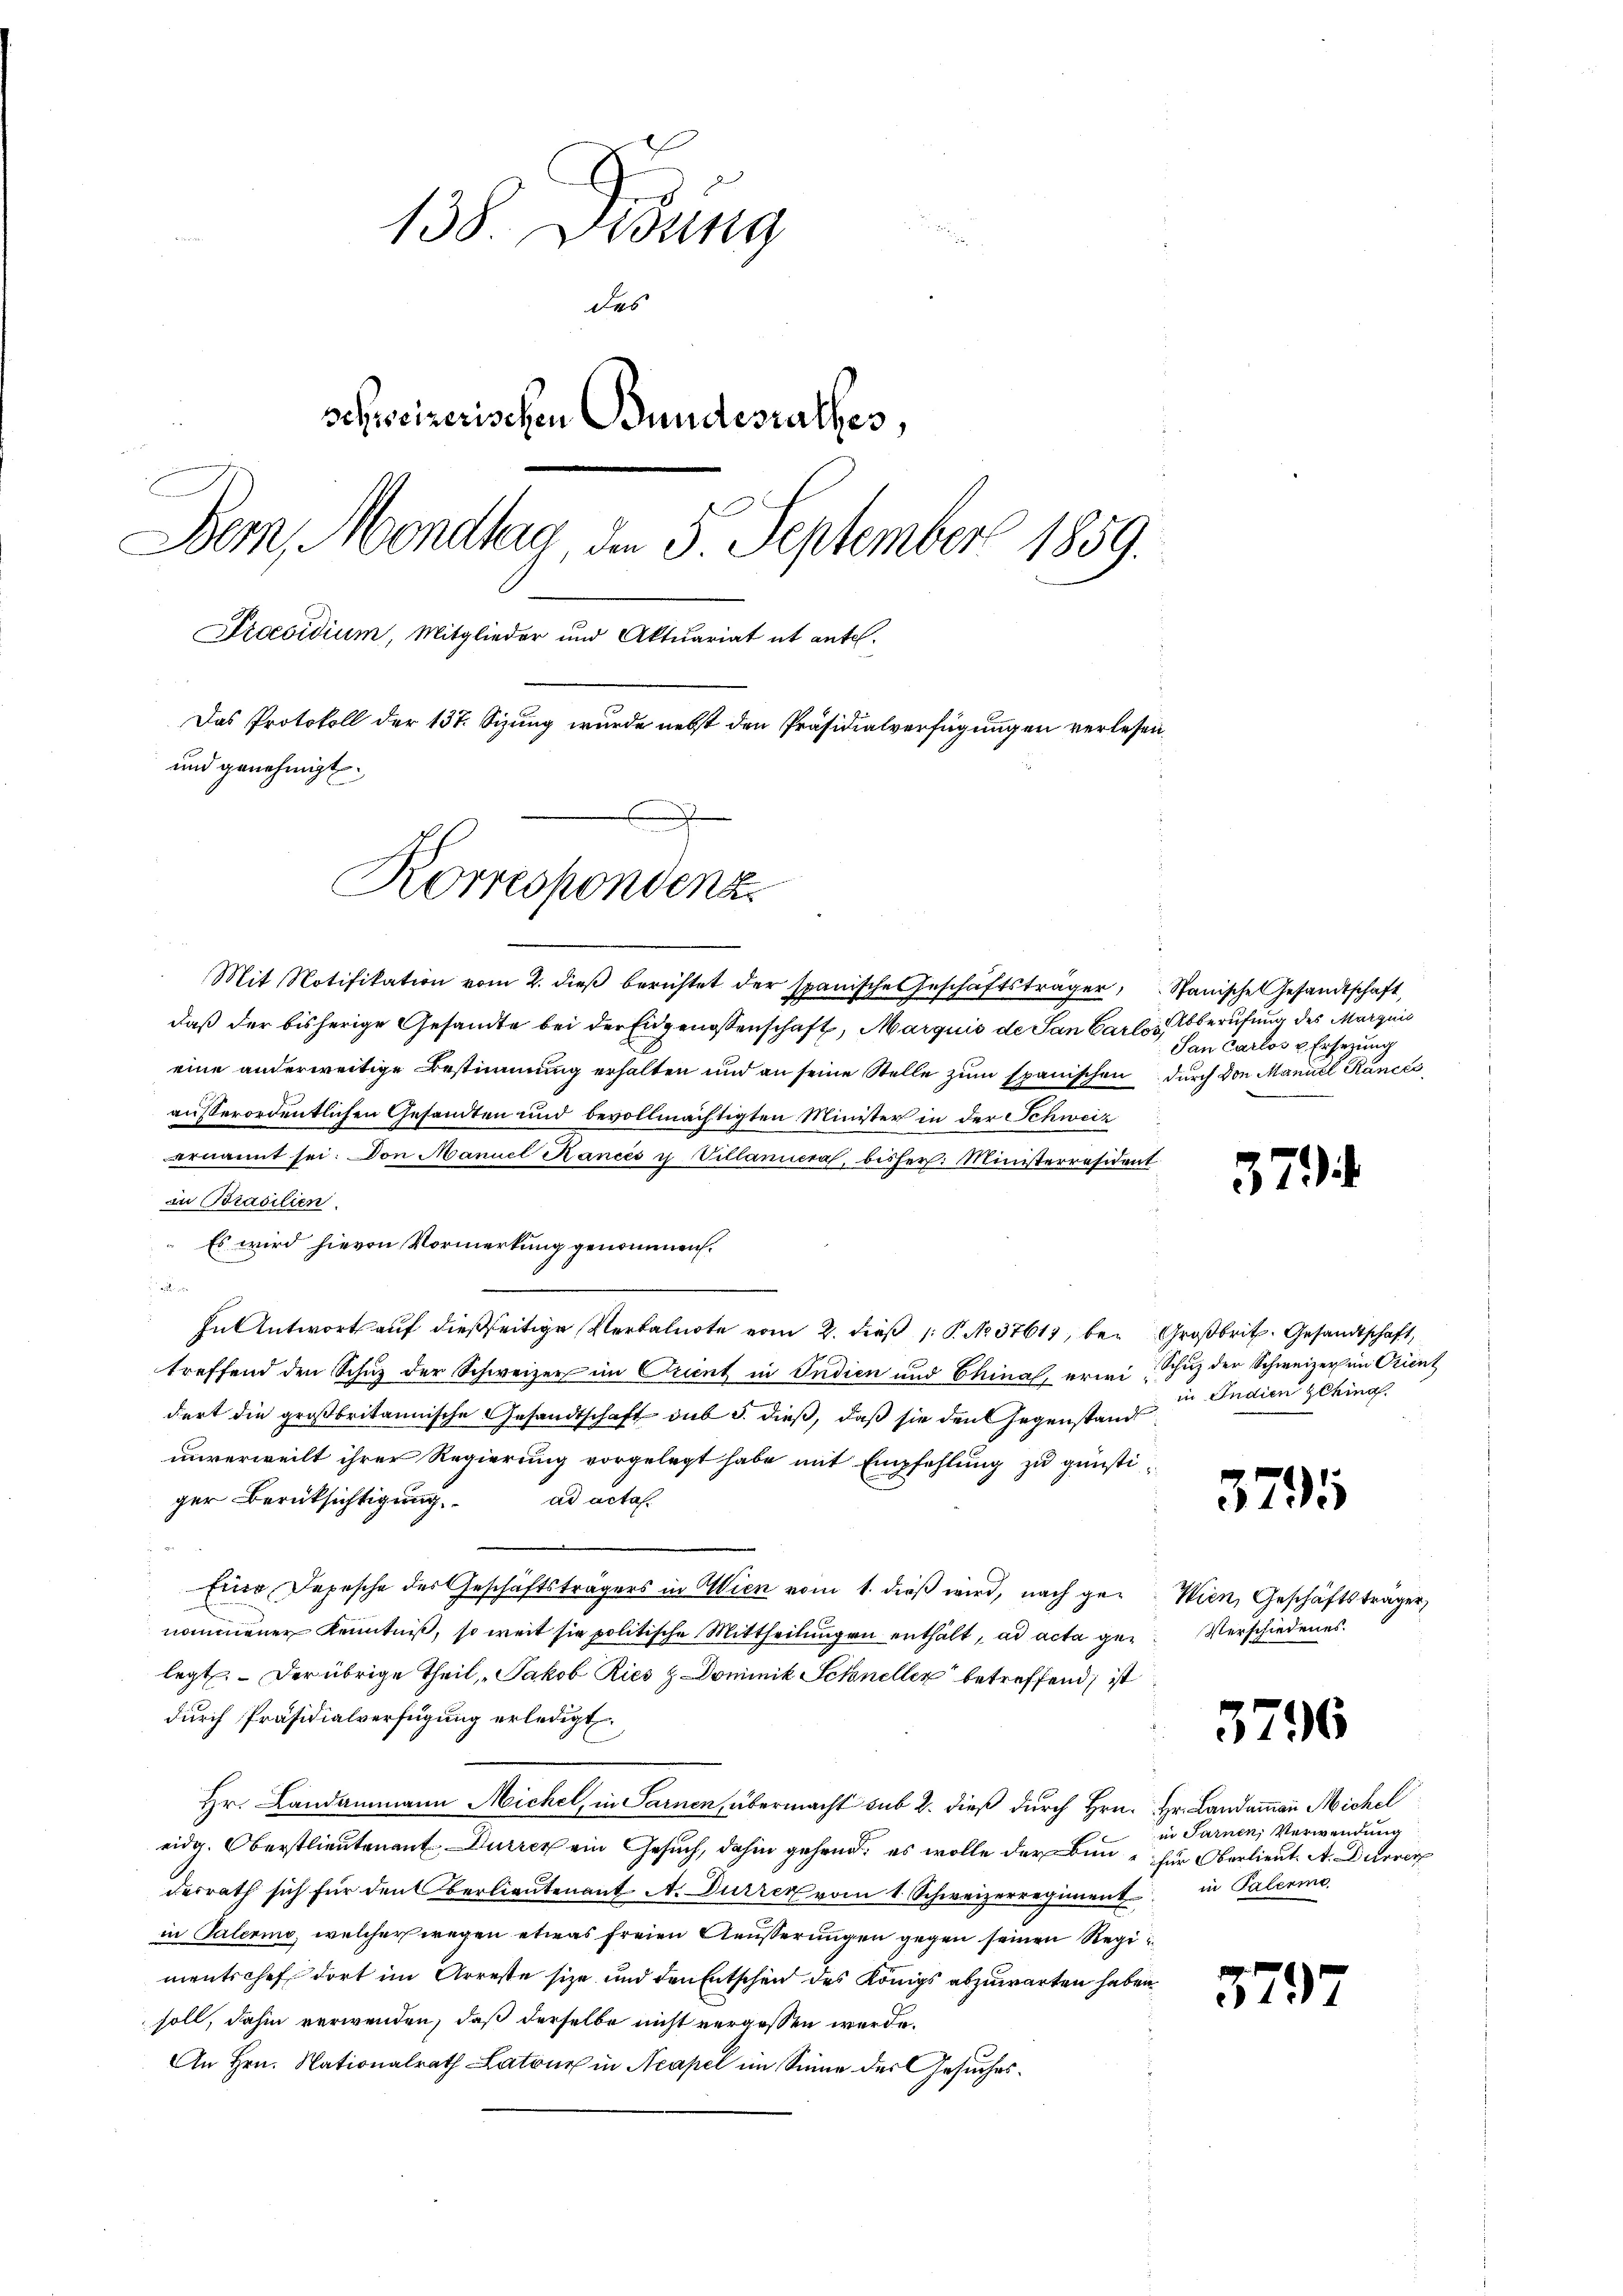
138. Disung
Des
schreizerischen Bundesrathes,
Bern, Mondlag, den 5. September 1859.
Proevidium, Mitglieder und Aktuariat it ante.
Das Protokoll der 137. Sizung wurde nebst den Präsidialverfügungen verlesen,
und genehmigt.
Korrespondenz

Mit Notifikation vom 2. dieβ berichtet der spanische Geschäftsträger, Stanische Gesandtschaft,
daß der bisherige Gesandte bei der Eidgenossenschaft, Marquis de San Carlos berufung des Margnis
eine anderweitige Bestimmung erhalten und an seine Stelle zum Epanischen durch von Manuel Rancés
außerordentlichen Gesandten und bevollmächtigten Minister in der Schweiz
ernannt sei. Von Manuel Kancés u Villaniera, bisher: Ministerräsident
in Brasilien.
Es wird hievon Vormerkung genommen.
e
In Antwort auf dießseitige Verbalnote vom 2. dieß (: P. No. 3761, bei Großbrit. Gesandtschaft,
treffend den Schuz der Schweizer im Orient in Indien und Chinal, erwei Schuz der Schweizer in Orient
dert die großbritannische Gesandtschaft sub 3. dieß, daß sie den Gegenstand
unverweilt ihrer Regierung vorgelegt habe mit Empfehlung zu günstiad acta.
ger Berücksichtigung.
Eiio, Depesche des Geschäftsträgers in Wien vom 1. dieß wird, nach genommener Kenntniß, so weit sie politische Mittheilungen enthält, ad acta gelegt. Der übrige Theil „Jakob Ries z Dominik Schneller betreffend, ist
durch Präsidialverfügung erledigt
Hr. Landammann Michel, in Sarnen, übermacht sub 2. dieß durch Hrn. Hr. Landammann Michel
eidg. Oberstlieutenauf, Dürrer ein Gesuch, dahin gehend, es wolle der Benz für Oberlieut. A. Durrer
desrath sich für den Oberlieutenant A. Durren vom 1. Schweizerregiment in Palerme
in Palerino, welcher wegen etwas freien Aeußerungen gegen seinen Regimentschef dort im Arreste sie und den Entschend des Königs abzuwarten haben
soll, dahin verwenden, daß derselbe nicht vergessen werde.
An Hrn. Nationalrath Latour in Neapel im Sinne des Gesuches

San Carlos u Ersezung

37

)

in Indien gehing

379

Wien, Geschäftsträger,
Verschiedenes.

3796

in Sarnen, Verwendung

3797